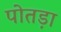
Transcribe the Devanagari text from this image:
पोतड़ा